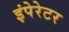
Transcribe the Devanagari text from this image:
इंपेरेटर